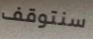
سنتوقف